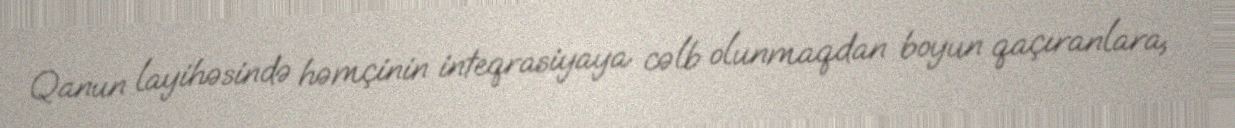
Qanun layihəsində həmçinin inteqrasiyaya cəlb olunmaqdan boyun qaçıranlara,